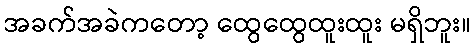
အခက်အခဲကတော့ ထွေထွေထူးထူး မရှိဘူး။